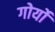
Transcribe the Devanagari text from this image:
गोर्यो